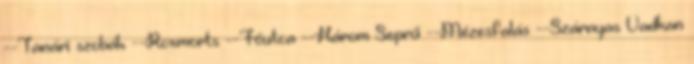
--Tanári szobák --Roxmorts --Főutca --Három Seprű --Mézesfalás --Szárnyas Vadkan